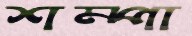
শম্পা